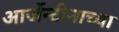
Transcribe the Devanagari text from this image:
आर्जेन्टीनाच्या